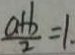
\frac { a + b } { 2 } = 1 .